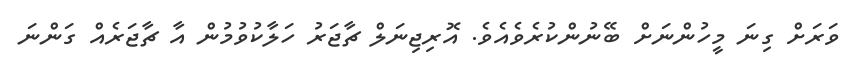
ވަރަށް ގިނަ މީހުންނަށް ބޭނުންކުރެވެއެވެ. އޮރިޖިނަލް ޗާޖަރު ހަލާކުވުމުން އާ ޗާޖަރެއް ގަންނަ